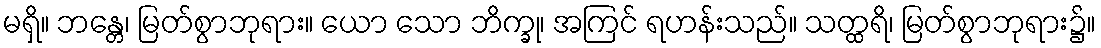
မရှိ။ ဘန္တေ၊ မြတ်စွာဘုရား။ ယော သော ဘိက္ခု၊ အကြင် ရဟန်းသည်။ သတ္ထရိ၊ မြတ်စွာဘုရား၌။